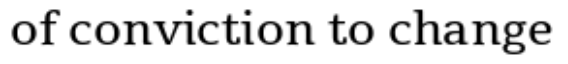
of conviction to change